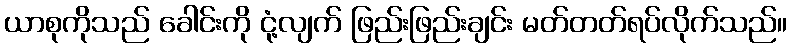
ယာစုကိုသည် ခေါင်းကို ငုံ့လျက် ဖြည်းဖြည်းချင်း မတ်တတ်ရပ်လိုက်သည်။